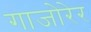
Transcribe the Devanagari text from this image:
गाजोरेर